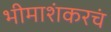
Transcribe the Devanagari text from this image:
भीमाशंकरचं